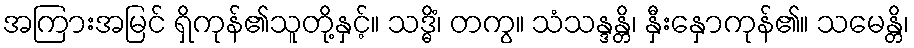
အကြားအမြင် ရှိကုန်၏သူတို့နှင့်။ သဒ္ဓိံ၊ တကွ။ သံသန္ဒန္တိ၊ နှီးနှောကုန်၏။ သမေန္တိ၊